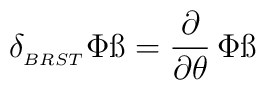
\delta_{_{BRST}}\Phi \ss = {\partial  \over \partial\theta }\,\Phi\ss